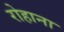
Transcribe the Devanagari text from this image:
रोहाना